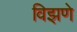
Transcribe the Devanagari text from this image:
विझणे